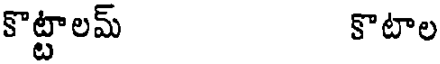
కొట్టాలమ్ కొటాల